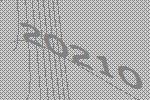
20210